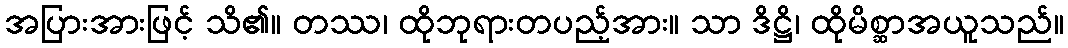
အပြားအားဖြင့် သိ၏။ တဿ၊ ထိုဘုရားတပည့်အား။ သာ ဒိဋ္ဌိ၊ ထိုမိစ္ဆာအယူသည်။